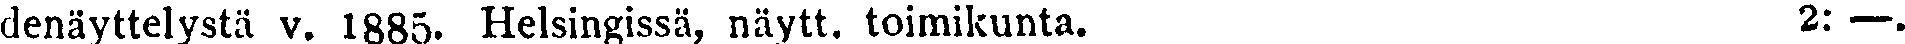
denäyttelystä v. 1885. Helsingissä, näytt. toimikunta. 2: —.